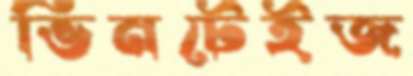
ভিনটেইজ